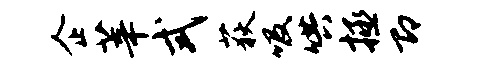
企莘式荻吸哄拯即